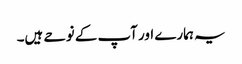
یہ ہمارے اور آپ کے نوحے ہیں۔